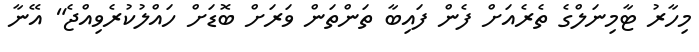
މިހާރު ޓާމިނަލްގެ ތެރެއަށް ފެން ފައިބާ ތަންތަން ވަރަށް ބޮޑަށް ހައްލުކުރެވިއްޖެ" އޭނާ